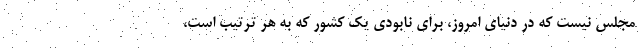
مجلس نیست که در دنیای امروز، برای نابودی یک کشور که به هر ترتیب است،